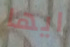
ايها